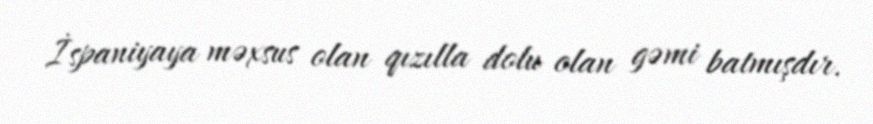
İspaniyaya məxsus olan qızılla dolu olan gəmi batmışdır.